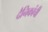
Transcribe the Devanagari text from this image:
दैनिकांची